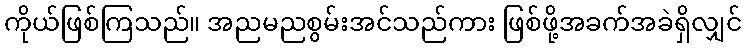
ကိုယ်ဖြစ်ကြသည်။ အညမညစွမ်းအင်သည်ကား ဖြစ်ဖို့အခက်အခဲရှိလျှင်